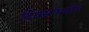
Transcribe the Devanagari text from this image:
दिवसांमधील